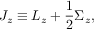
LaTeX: J _ { z } \equiv L _ { z } + { \frac { 1 } { 2 } } \Sigma _ { z } ,